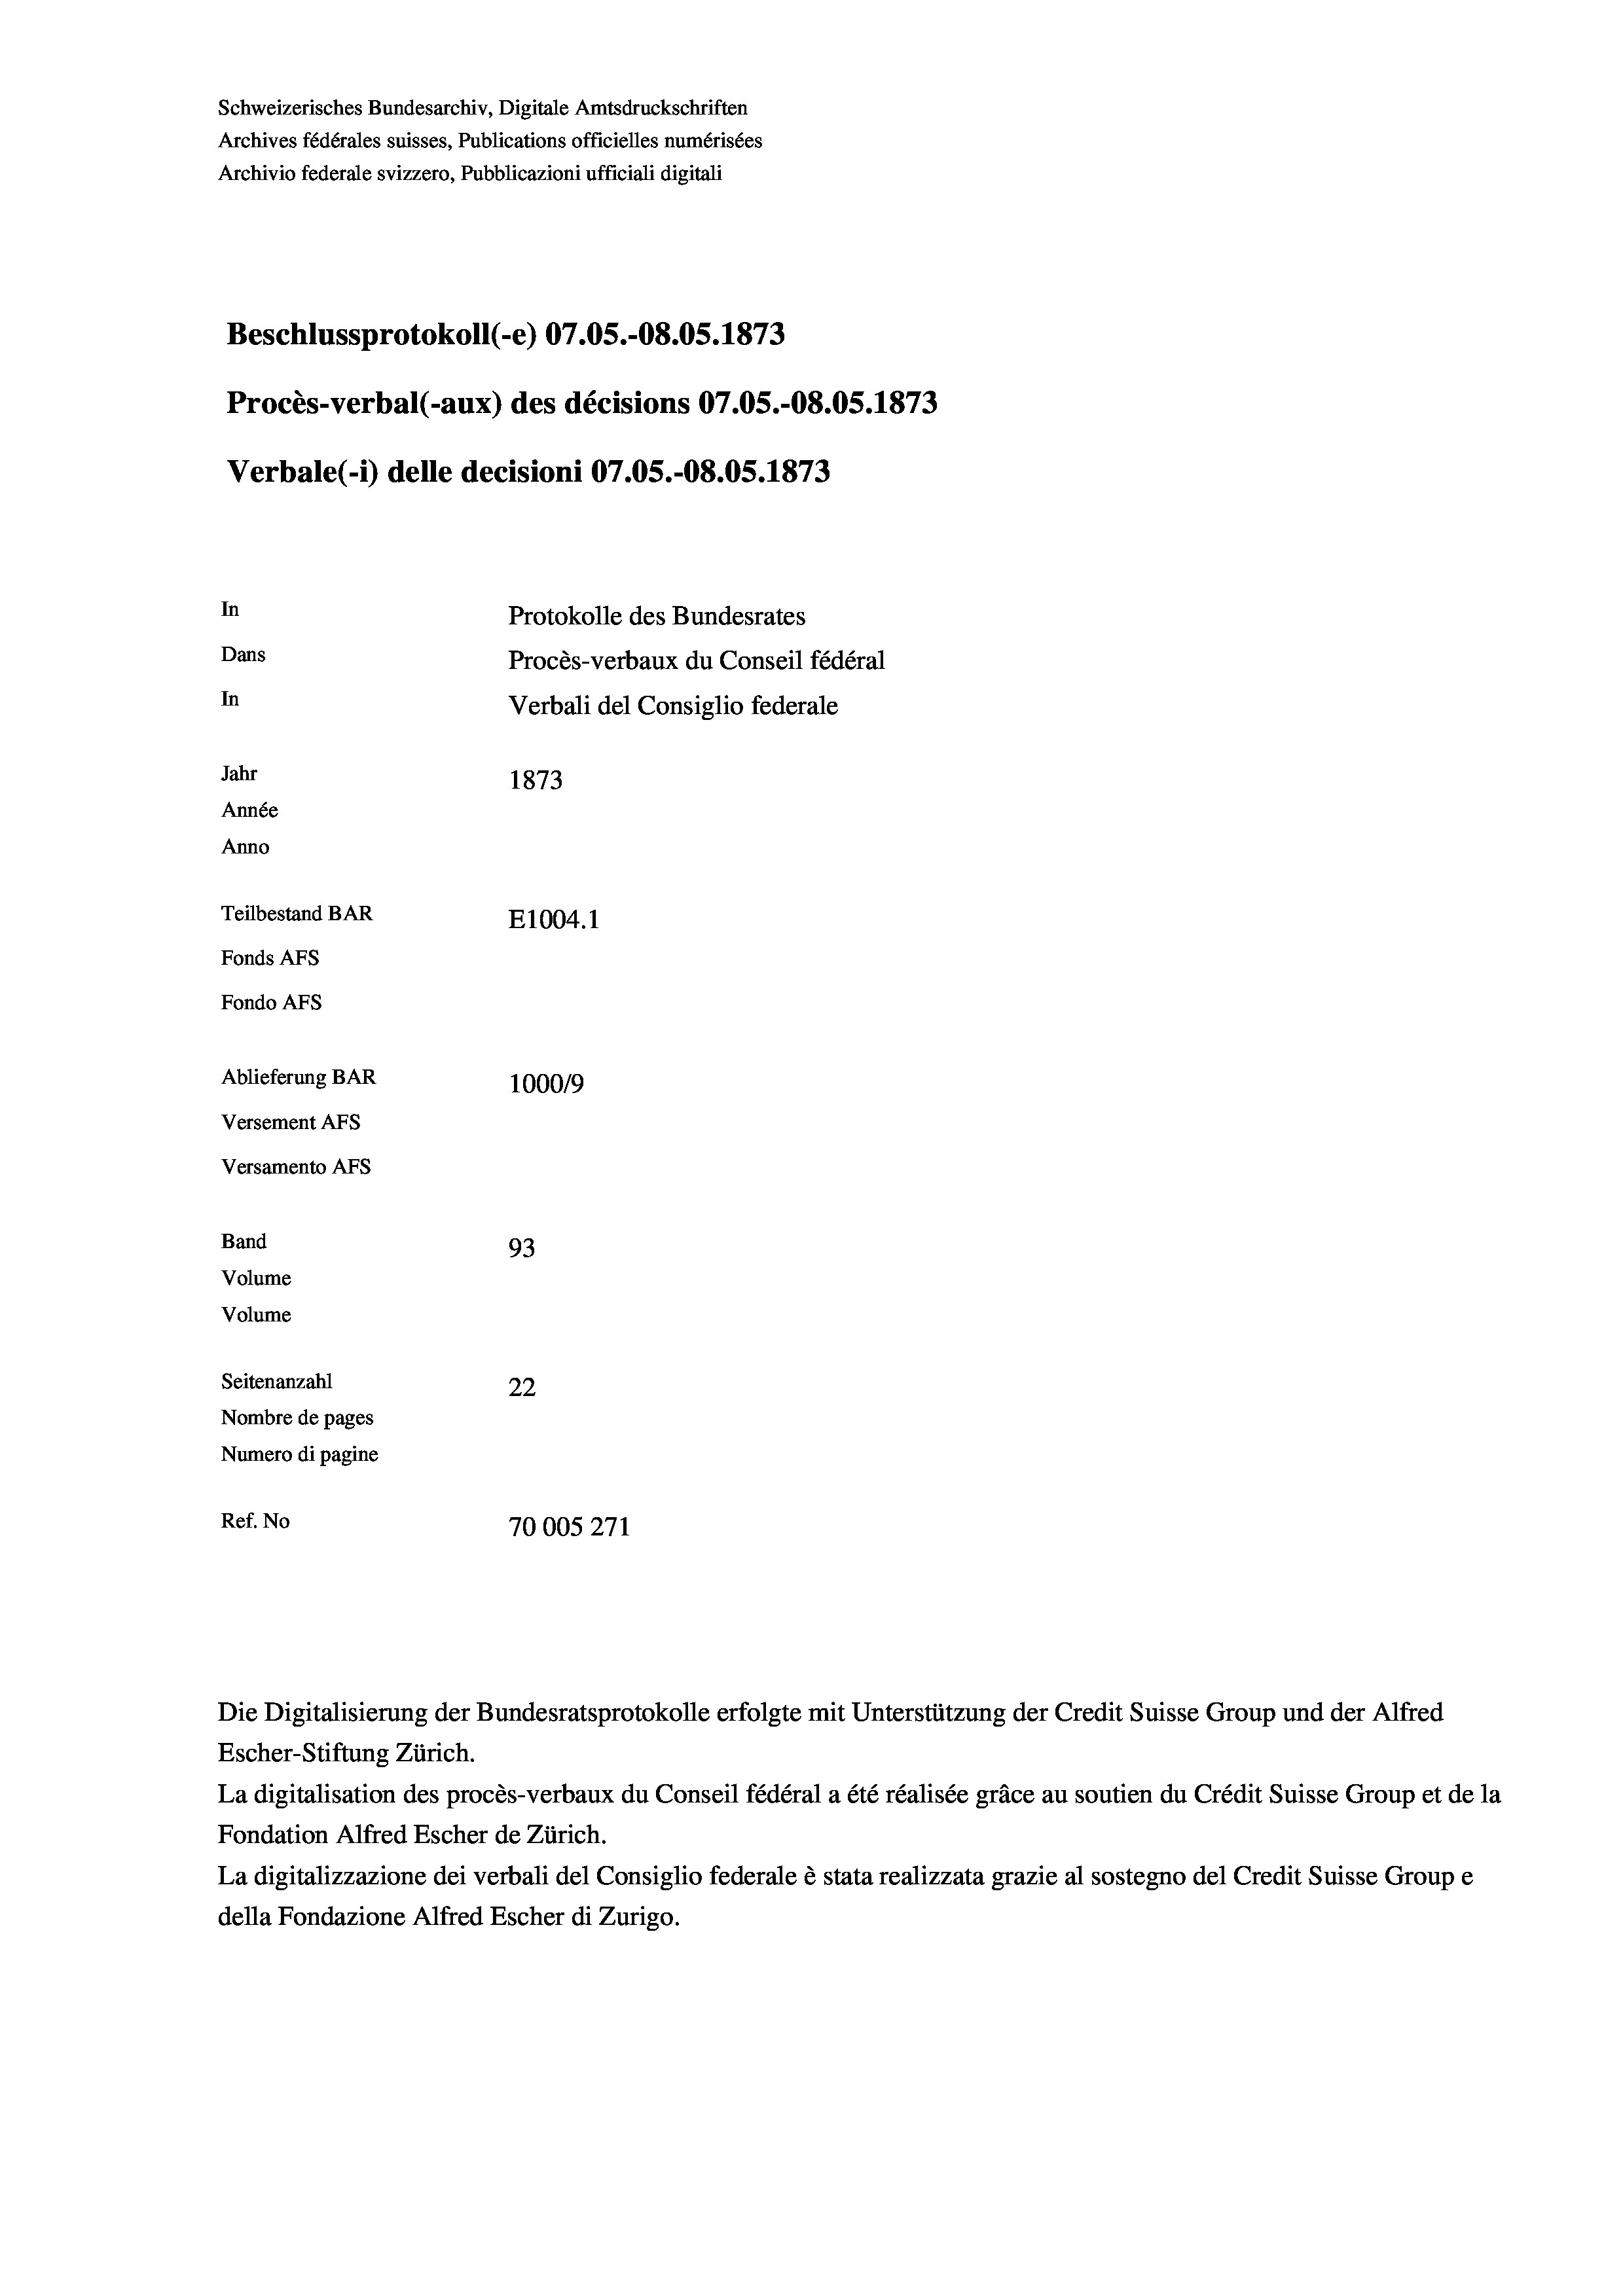
Schweizerisches Bundesarchiv, Digitale Amtsdruckschriften
Archives fédérales suisses, Publications officielles numérisées
Archivio federale svizzero, Pubblicazioni ufficiali digitali
Beschlussprotokoll (-e) 07.05.-O8.05. 1873
Procès-verbal (-aux) des décisions 07.05.-O8.05. 1873
Verbale(*) delle decisioni 07.05.-O8.05. 1873
In
Protokolle des Bundesrates
Dans
Procès-verbaux du Conseil fédéral
In
Verbali del Consiglio federale
Jahr
1873
Année
Anno
Teilbestand BAR
E1004. 1
Fonds AFs
Fondo Afs
Ablieferung BAR
100019
Versement AFs
Versamento AFs
Band
93
Volume
Volume
Seitenanzahl
22
Nombre de pages
Numero di pagine
Ref. No
70005271

Escher-Stiftung Zürich.
La digitalisation des procès-verbaux du Conseil fédéral a été réalisée gräce au soutien du Crédit Suisse Group et de la
Fondation Alfred Escher de Zürich.
La digitalizzazione dei verbali del Consiglio federale è stata realizzata grazie al sostegno del Credit Suisse Groupe
della Fondazione Alfred Escher di Zurigo.

Die Digitalisierung der Bundesratsprotokolle erfolgte mit Unterstützung der Credit Suisse Group und der Alfred